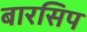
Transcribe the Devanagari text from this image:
बारसिप